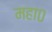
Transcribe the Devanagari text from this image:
महा०